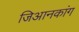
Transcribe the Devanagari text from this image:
जिआनकांग